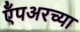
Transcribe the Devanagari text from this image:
ऍंपअरच्या